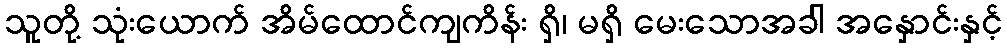
သူတို့ သုံးယောက် အိမ်ထောင်ကျကိန်း ရှိ၊ မရှိ မေးသောအခါ အနှောင်းနှင့်